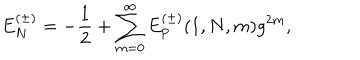
E _ { N } ^ { ( \pm ) } = - { \frac { 1 } { 2 } } + \sum _ { m = 0 } ^ { \infty } E _ { \mathrm { P } } ^ { ( \pm ) } ( 1 , N , m ) g ^ { 2 m } ,